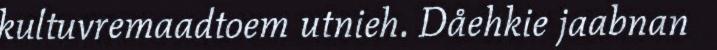
kultuvremaadtoem utnieh. Dåehkie jaabnan